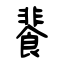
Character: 餥